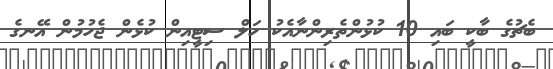
ބެޗުގެ ބާކީ ބައި 10 ކުޅުންތެރިންނާއެކު ހަލް ސިޓީއިން ކުޅެން ޖެހުމުން އޭނގެ